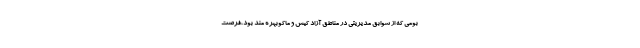
بومی که از سوابق مدیریتی در مناطق آزاد کیش و ماکوبهره مند بود،فرصت